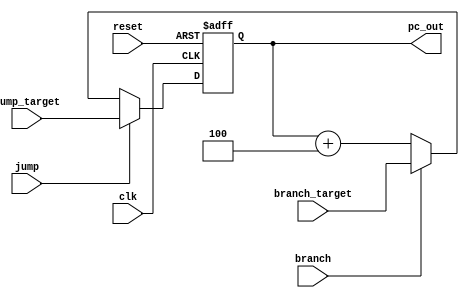

module PC(
    input clk,
    input reset,
    input [31:0] branch_target,
    input [31:0] jump_target,
    input branch,
    input jump,
    output reg [31:0] pc_out
);
    always @(posedge clk or posedge reset) begin
        if (reset)
            pc_out <= 0;
        else if (jump)
            pc_out <= jump_target;
        else if (branch)
            pc_out <= branch_target;
        else
            pc_out <= pc_out + 4;
    end
endmodule